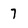
Character: 7